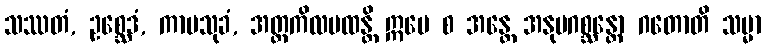
သဿတံ, ဥစ္ဆေဒံ, ကာမသုခံ, အတ္တကိလမထန္တိ ဣမေ စ အန္တေ အနုပဂစ္ဆန္တော ဂတောတိ သမ္မာ